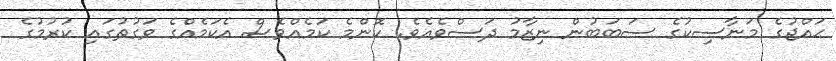
ޙައްޖުގެ މަނާސިކުގެ ސަބަބުން ނިޒާމު ދަސްވެއެވެ. ކޮންމެ ކަމެއްވެސް އެކަމެއްގެ ވަގުތުގައި ކުރުމުގެ